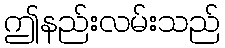
ဤနည်းလမ်းသည်